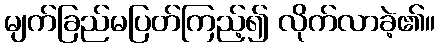
မျက်ခြည်မပြတ်ကြည့်၍ လိုက်လာခဲ့၏။